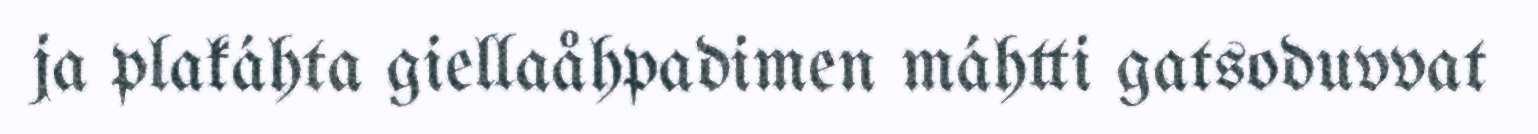
ja plakáhta giellaåhpadimen máhtti gatsoduvvat